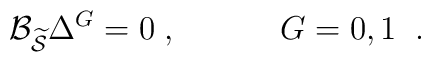
{\cal B}_{\widetilde{{\cal S}}}\Delta ^G=0\;,\;\;\;\;\;\;\;\;\;\;\;G=0,1\;\;.